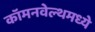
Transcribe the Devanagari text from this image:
कॉमनवेल्थमध्ये